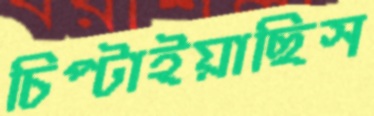
চিপ্‌টাইয়াছিস